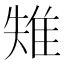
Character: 𨾤